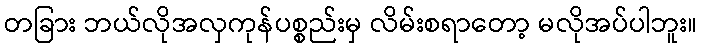
တခြား ဘယ်လိုအလှကုန်ပစ္စည်းမှ လိမ်းစရာတော့ မလိုအပ်ပါဘူး။